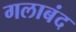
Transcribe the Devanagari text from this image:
गलाबंद